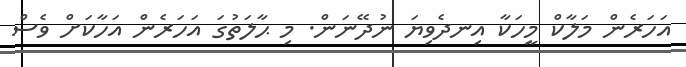
އަހަރެން މަލާކް މީހަކާ އިނދެވިޔަ ނުދޭނަން. މި ޙާލަތުގަ އަހަރެން އަހާކަށް ވެސް